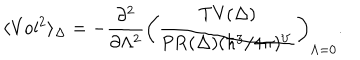
\langle \mathrm { V o l } ^ { 2 } \rangle _ { \Delta } = - { \frac { \partial ^ { 2 } } { \partial \Lambda ^ { 2 } } } \left( { \frac { \mathrm { T V } ( \Delta ) } { \mathrm { P R } ( \Delta ) ( \hbar ^ { 3 } / 4 \pi ) ^ { V } } } \right) _ { \Lambda = 0 } .